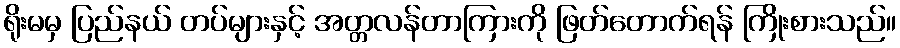
ရိုးမမှ ပြည်နယ် တပ်များနှင့် အတ္တလန်တာကြားကို ဖြတ်တောက်ရန် ကြိုးစားသည်။